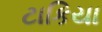
ટાકિયા